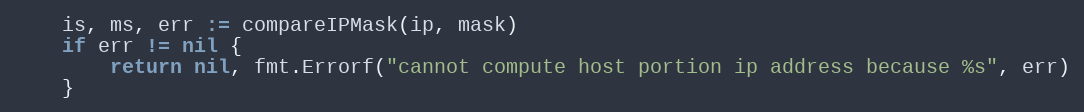
Language: Go
	is, ms, err := compareIPMask(ip, mask)
	if err != nil {
		return nil, fmt.Errorf("cannot compute host portion ip address because %s", err)
	}